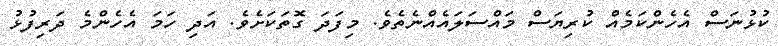
ކުޅުނަސް އެހެންކަމެއް ކުރިޔަސް މައްސަލައެއްނެތެވެ. މިފަދަ ގޮތަކަށެވެ. އަދި ހަމަ އެހެންމެ ދަރިފުޅު